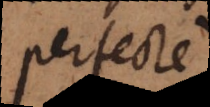
perfecte